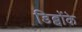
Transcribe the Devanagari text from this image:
डिब्बोंके